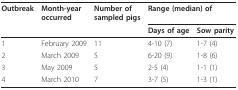
| Outbreak | Month-yearoccurred | Number ofsampled pigs | <COLSPAN=2> Range (median) of |
 |  |  |  | Days of age | Sow parity |
 | --- | --- | --- | --- | --- |
 | 1 | February 2009 | 11 | 4-10 (7) | 1-7 (4) |
 | 2 | March 2009 | 5 | 6-20 (9) | 1-8 (6) |
 | 3 | May 2009 | 5 | 2-5 (4) | 1-1 (1) |
 | 4 | March 2010 | 7 | 3-7 (5) | 1-3 (1) |